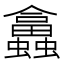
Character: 𧕙